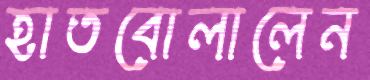
হাতবোলালেন